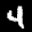
Label: 4